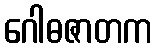
ဂေါဓဇာတက